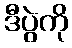
ဒီပွဲကို